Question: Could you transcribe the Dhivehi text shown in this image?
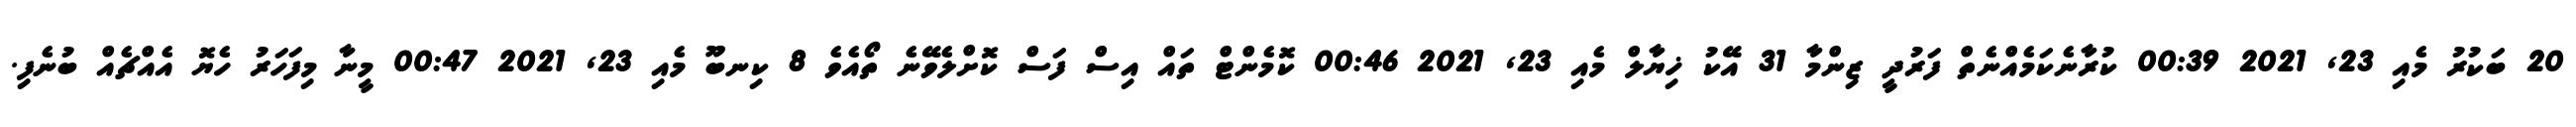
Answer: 20 ބަކުރު މެއި 23, 2021 00:39 ކުރާނެކަމެއްނެތް ފަރުދީ ޒިންމާ 31 އޭކު ޚިޔާލް މެއި 23, 2021 00:46 ކޮމެންޓް ތައް އިސް ފަސް ކޮށްލެވޭނެ ތޯއެވެ 8 ކިނބޫ މެއި 23, 2021 00:47 މީނާ މިފަހަރު ހެޔޮ އެއްޗެއް ބުނެފި.